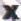
X